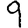
Digit: 9